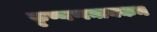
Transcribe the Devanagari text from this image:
कृष्णप्पनायकन